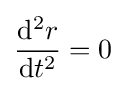
{\frac {\mathrm {d} ^{2}r}{\mathrm {d} t^{2}}}=0